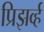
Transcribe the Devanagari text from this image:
प्रिझर्व्ह